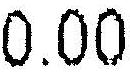
0.00